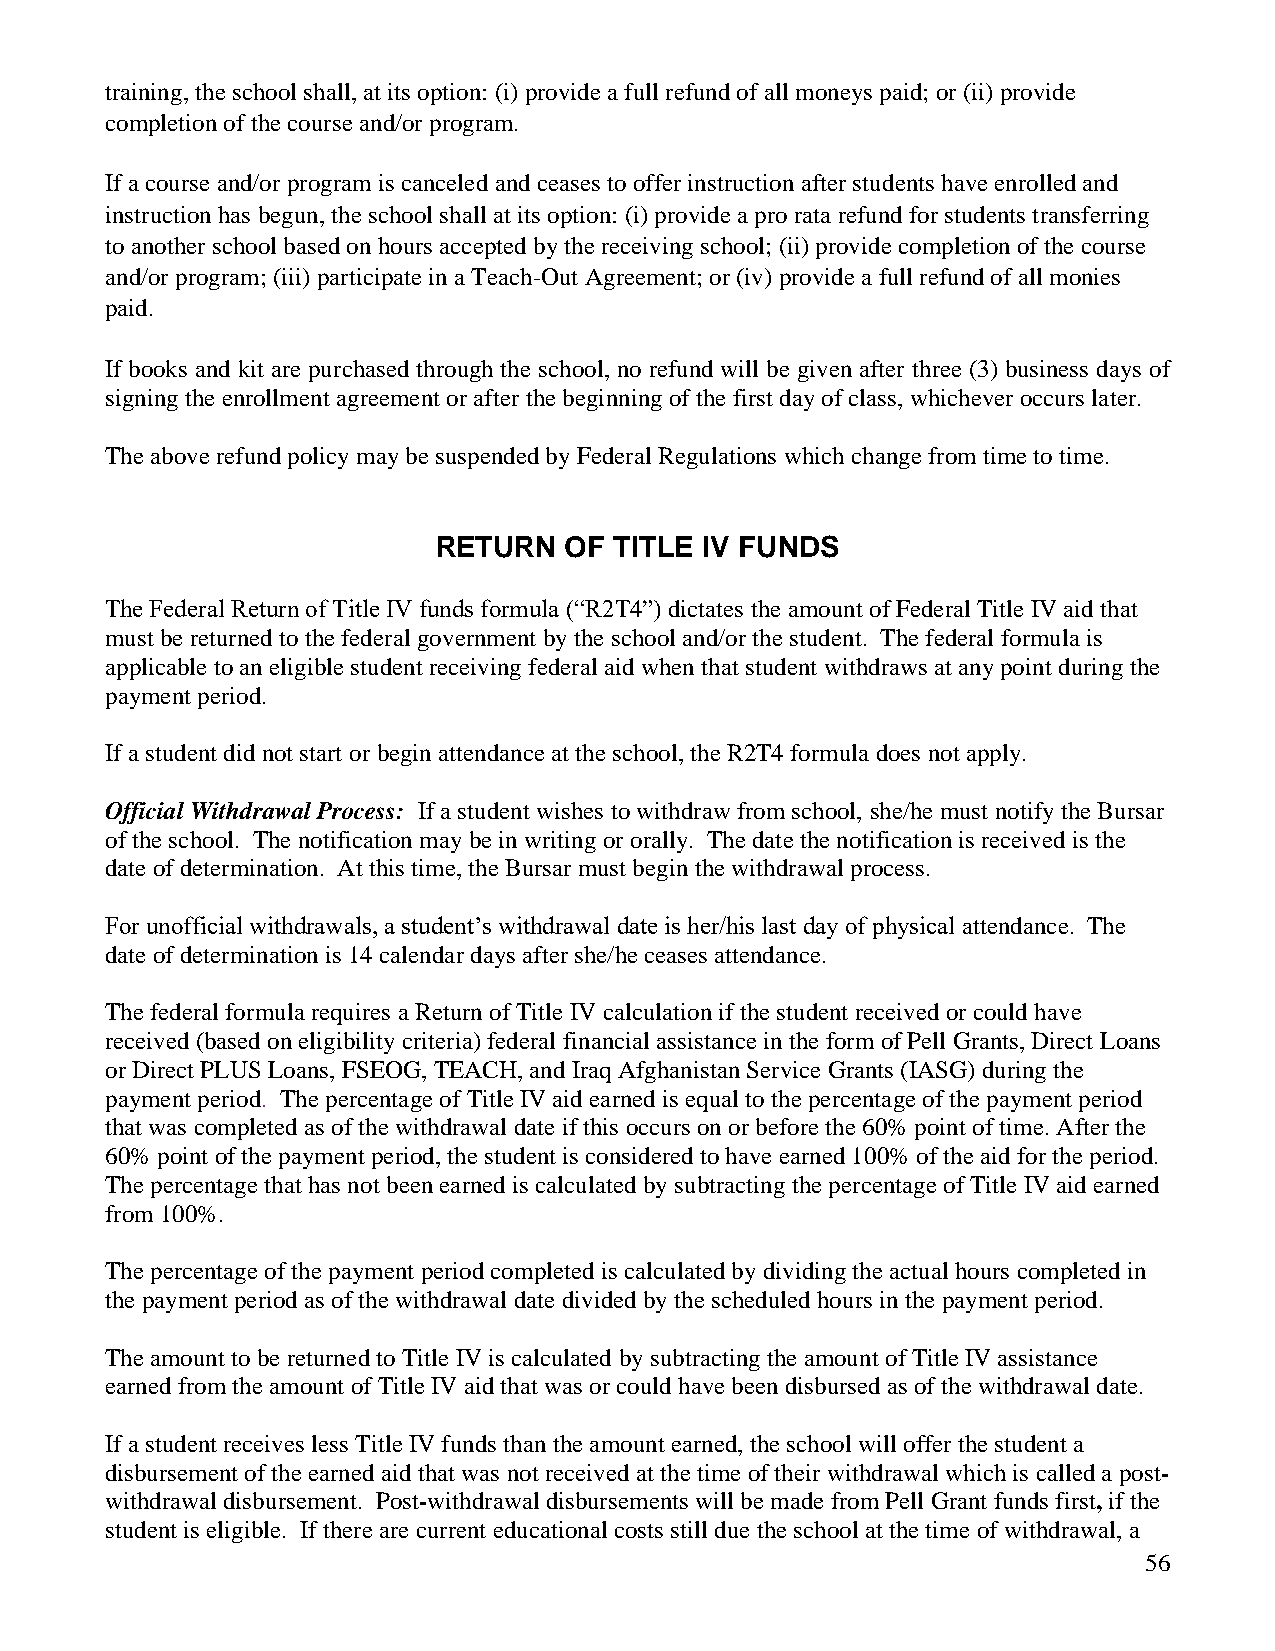
training, the school shall, at its option: (i) provide a full refund of all moneys paid; or (ii) provide
 completion of the course and/or program.
 If a course and/or program is canceled and ceases to offer instruction after students have enrolled and
 instruction has begun, the school shall at its option: (i) provide a pro rata refund for students transferring
 to another school based on hours accepted by the receiving school; (ii) provide completion of the course
 and/or program; (iii) participate in a Teach-Out Agreement; or (iv) provide a full refund of all monies
 paid.
 If books and kit are purchased through the school, no refund will be given after three (3) business days of
 signing the enrollment agreement or after the beginning of the first day of class, whichever occurs later.
 The above refund policy may be suspended by Federal Regulations which change from time to time.
 RETURN  OF  TITLE IV FUNDS
 The Federal Return of Title IV funds formula (“R2T4”) dictates the amount of Federal Title IV aid that
 must be returned to the federal government by the school and/or the student. The federal formula is
 applicable to an eligible student receiving federal aid when that student withdraws at any point during the
 payment period.
 If a student did not start or begin attendance at the school, the R2T4 formula does not apply.
 Official Withdrawal Process: If a student wishes to withdraw from school, she/he must notify the Bursar
 of the school. The notification may be in writing or orally. The date the notification is received is the
 date of determination. At this time, the Bursar must begin the withdrawal process.
 For unofficial withdrawals, a student’s withdrawal date is her/his last day of physical attendance. The
 date of determination is 14 calendar days after she/he ceases attendance.
 The federal formula requires a Return of Title IV calculation if the student received or could have
 received (based on eligibility criteria) federal financial assistance in the form of Pell Grants, Direct Loans
 or Direct PLUS Loans, FSEOG, TEACH, and Iraq Afghanistan Service Grants (IASG) during the
 payment period. The percentage of Title IV aid earned is equal to the percentage of the payment period
 that was completed as of the withdrawal date if this occurs on or before the 60% point of time. After the
 60% point of the payment period, the student is considered to have earned 100% of the aid for the period.
 The percentage that has not been earned is calculated by subtracting the percentage of Title IV aid earned
 from 100%.
 The percentage of the payment period completed is calculated by dividing the actual hours completed in
 the payment period as of the withdrawal date divided by the scheduled hours in the payment period.
 The amount to be returned to Title IV is calculated by subtracting the amount of Title IV assistance
 earned from the amount of Title IV aid that was or could have been disbursed as of the withdrawal date.
 If a student receives less Title IV funds than the amount earned, the school will offer the student a
 disbursement of the earned aid that was not received at the time of their withdrawal which is called a post-
 withdrawal disbursement. Post-withdrawal disbursements will be made from Pell Grant funds first, if the
 student is eligible. If there are current educational costs still due the school at the time of withdrawal, a
 56